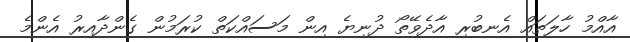
އާއްމު ހާލަތައް އެނބުރި އާދެވޭތޯ ދުނިޔެ އިން މަސައްކަތް ކުރަމުން ގެންދާއިރު އެންމެ